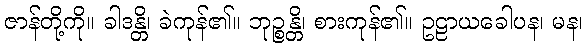
ဇာန်တို့ကို။ ခါဒန္တိ၊ ခဲကုန်၏။ ဘုဉ္စန္တိ၊ စားကုန်၏။ ဥဠာယခေါပန၊ မန၊